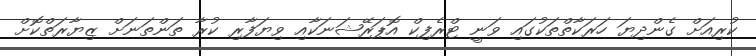
ކުރިއަށް ގެންދިޔަ ހަރަކާތްތަކުގައި ވަނީ ޓްރެފިކް އޮޕަރޭޝަނަކާއި ވިޔަފާރި ކުރާ ތަންތަނަށް ޒިޔާރަތްކޮށް